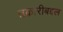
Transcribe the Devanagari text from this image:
तक्रारीबद्दल